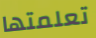
تعلمتها